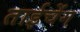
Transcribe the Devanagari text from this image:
ताईचेंग